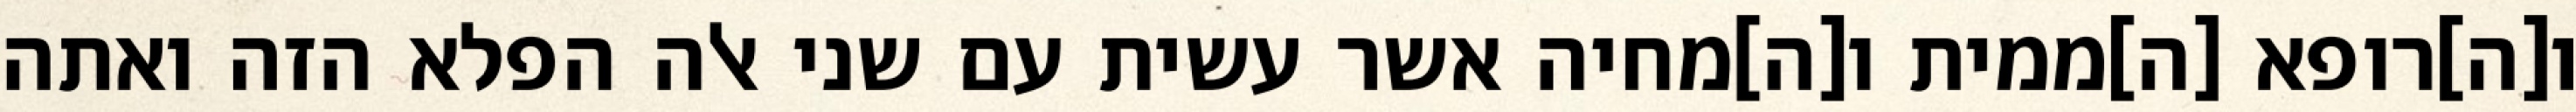
ו[ה]רופא [ה]ממית ו[ה]מחיה אשר עשית עם שני אלה הפלא הזה ואתה